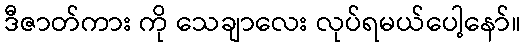
ဒီဇာတ်ကား ကို သေချာလေး လုပ်ရမယ်ပေါ့နော်။